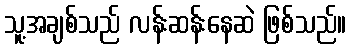
သူ့အချစ်သည် လန်းဆန်းနေဆဲ ဖြစ်သည်။